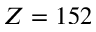
Z = 1 5 2